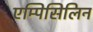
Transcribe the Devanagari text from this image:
एम्पिसिलिन